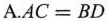
A.$$AC=BD$$